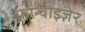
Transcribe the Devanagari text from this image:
फ़्रान्चाइज़ेर